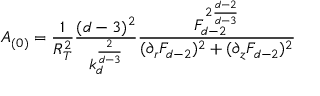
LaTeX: A _ { ( 0 ) } = \frac { 1 } { R _ { T } ^ { 2 } } \frac { ( d - 3 ) ^ { 2 } } { k _ { d } ^ { \frac { 2 } { d - 3 } } } \frac { F _ { d - 2 } ^ { 2 \frac { d - 2 } { d - 3 } } } { ( \partial _ { r } F _ { d - 2 } ) ^ { 2 } + ( \partial _ { z } F _ { d - 2 } ) ^ { 2 } }